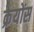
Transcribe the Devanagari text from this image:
क्रेयोंस